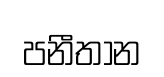
පනීතාන